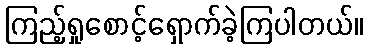
ကြည့်ရှုစောင့်ရှောက်ခဲ့ကြပါတယ်။